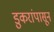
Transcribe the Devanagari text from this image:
डुकरांपासून